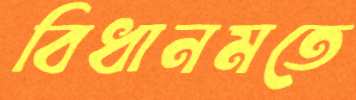
বিধানমতে